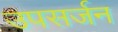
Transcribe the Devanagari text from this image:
उपसर्जन